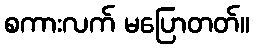
စကားလက် မပြောတတ်။